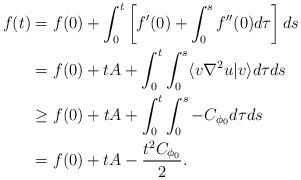
LaTeX: \begin{align*}f(t) &= f(0) + \int_0^t \left[f'(0) + \int_0^s f''(0) d\tau\right] ds \\&= f(0) + tA + \int_0^t\int_0^s \langle v \nabla^2 u |v\rangle d\tau ds \\&\geq f(0) + tA + \int_0^t \int_0^s -C_{\phi_0} d\tau ds \\&= f(0) + tA - \frac{t^2 C_{\phi_0}}2.\end{align*}